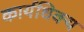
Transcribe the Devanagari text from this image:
कार्यधिक्य